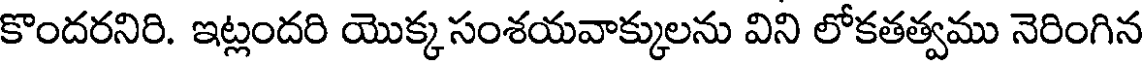
కొందరనిరి. ఇట్లందరి యొక్కసంశయవాక్కులను విని లోకతత్వము నెరింగిన